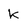
Character: k